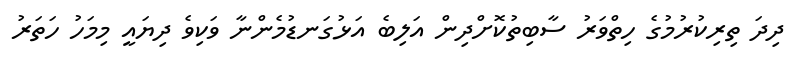
ދިދަ ތިރިކުރުމުގެ ހިތްވަރު ސާބިތުކޮށްދިން އަލިބެ އަޅުގަނޑުމެންނާ ވަކިވެ ދިޔައީ މިމަހު ހަތަރު